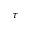
\tau